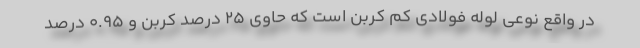
در واقع نوعی لوله فولادی کم کربن است که حاوی 25 درصد کربن و 0.95 درصد